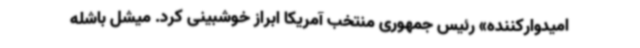
امیدوارکننده» رئیس جمهوری منتخب آمریکا ابراز خوشبینی کرد. میشل باشله